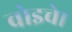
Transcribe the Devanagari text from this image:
वोइचे।